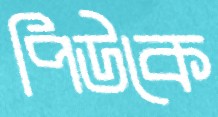
পিউকে